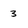
Character: 3